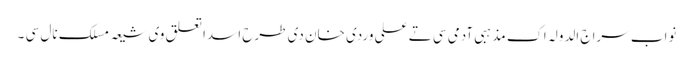
نواب سراج الدولہ اک مذہبی آدمی سی تے علی وردی خان دی طرح اسدا تعلق وی شیعہ مسلک نال سی ۔